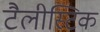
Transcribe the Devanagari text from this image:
टैलीस्टिक